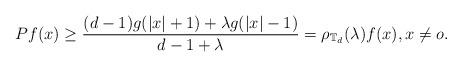
LaTeX: \begin{align*} Pf(x) \ge \frac{(d-1)g(|x|+1)+ \lambda g(|x|-1)}{d-1+\lambda} = \rho_{\mathbb{T}_d}(\lambda) f(x), x\not=o. \end{align*}